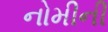
નોમીની